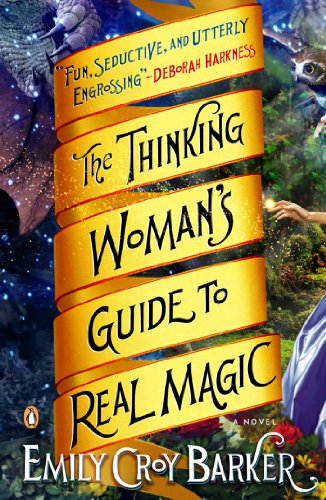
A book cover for The Thinking Woman's Guide to Real Magic: A Novel; Emily Croy Barker; Romance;